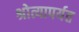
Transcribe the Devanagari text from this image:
श्रोत्यापर्यत